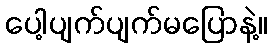
ပေါ့ပျက်ပျက်မပြောနဲ့။